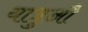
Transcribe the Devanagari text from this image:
यात्रुऔं